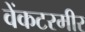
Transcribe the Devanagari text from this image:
वेंकटरमीर